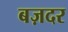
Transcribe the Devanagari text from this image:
बज़दर